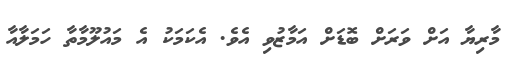
މާރިޔާ އަށް ވަރަށް ބޮޑަށް އަމާޒުވި އެވެ. އެކަމަކު އެ މައުލޫމާތާ ހަމަލާއާ